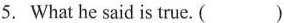
5. What he said is true. ( )